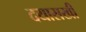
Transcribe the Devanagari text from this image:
दयासखी